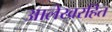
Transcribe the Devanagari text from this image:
आलेखरहित